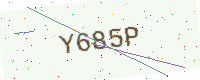
Text: Y685P